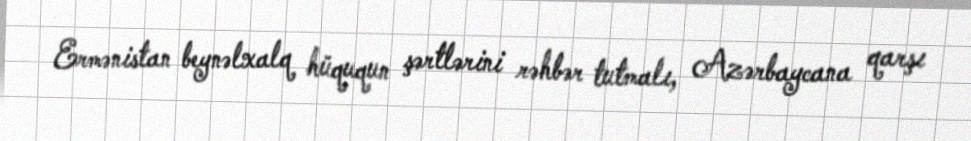
Ermənistan beynəlxalq hüququn şərtlərini rəhbər tutmalı, Azərbaycana qarşı